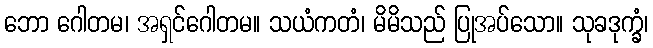
ဘော ဂေါတမ၊ အရှင်ဂေါတမ။ သယံကတံ၊ မိမိသည် ပြုအပ်သော။ သုခဒုက္ခံ၊